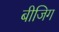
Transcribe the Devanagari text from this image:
बीजिग